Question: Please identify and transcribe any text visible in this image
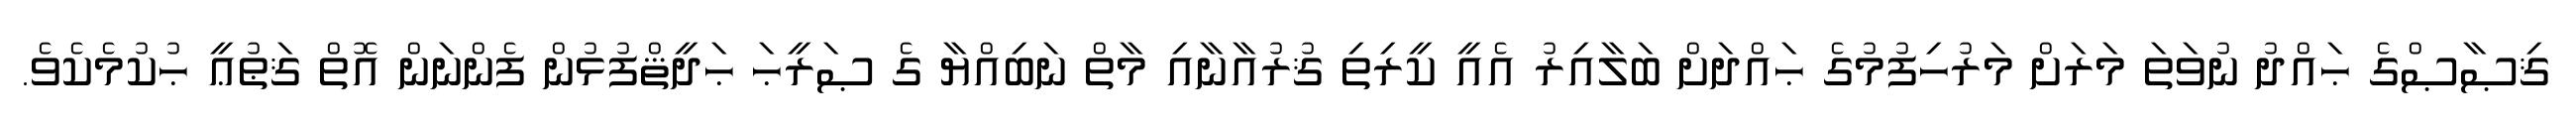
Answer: ޤިޞާޞްގެ ޙައްދު ނުވަތަ މަރަށް މަރުހިފުމުގެ ޙައްދަށް ބަލާއިރު އެއީ ކީރިތި ޤުރުއާނާއި މާތް ނަބިއްޔާ ގެ ޞަރީޙަ ޙަދީޘްފުޅުން ފެންނަން އޮތް ޤަޠުޢީ ޙުކުމެކެވެ.